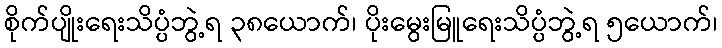
စိုက်ပျိုးရေးသိပ္ပံဘွဲ့ရ ၃၈ယောက်၊ ပိုးမွေးမြူရေးသိပ္ပံဘွဲ့ရ ၅ယောက်၊